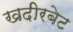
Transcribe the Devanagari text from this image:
खदीरबेट